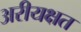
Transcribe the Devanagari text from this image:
अरीयक्षत